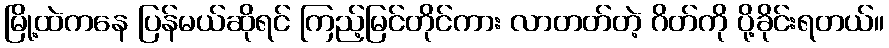
မြို့ထဲကနေ ပြန်မယ်ဆိုရင် ကြည့်မြင်တိုင်ကား လာတတ်တဲ့ ဂိတ်ကို ပို့ခိုင်းရတယ်။